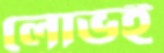
লোভই